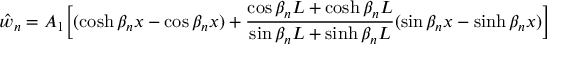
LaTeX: { \hat { w } } _ { n } = A _ { 1 } { \Bigl [ } ( \cosh \beta _ { n } x - \cos \beta _ { n } x ) + { \frac { \cos \beta _ { n } L + \cosh \beta _ { n } L } { \sin \beta _ { n } L + \sinh \beta _ { n } L } } ( \sin \beta _ { n } x - \sinh \beta _ { n } x ) { \Bigr ] }